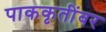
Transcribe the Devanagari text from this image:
पाककृतींवर